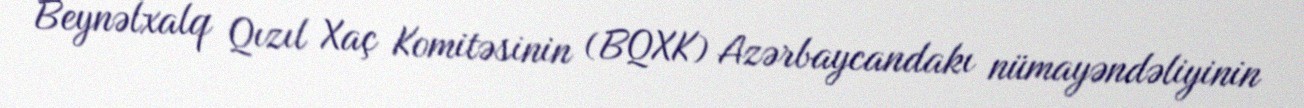
Beynəlxalq Qızıl Xaç Komitəsinin (BQXK) Azərbaycandakı nümayəndəliyinin